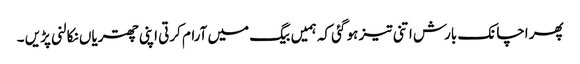
پھر اچانک بارش اتنی تیز ہو گئی کہ ہمیں بیگ میں آرام کرتی اپنی چھتریاں نکالنی پڑیں ۔